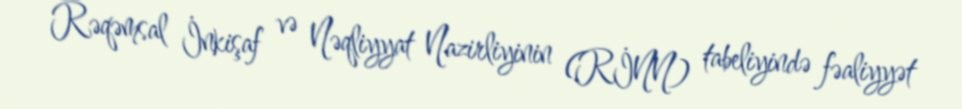
Rəqəmsal İnkişaf və Nəqliyyat Nazirliyinin (RİNN) tabeliyində fəaliyyət